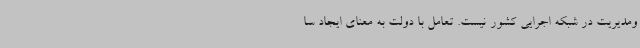
ومدیریت در شبکه اجرایی کشور نیست. تعامل با دولت به معنای ایجاد سا